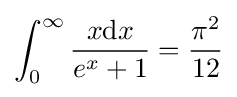
\int _{0}^{\infty }{\frac {x\mathrm {d} x}{e^{x}+1}}={\frac {\pi ^{2}}{12}}